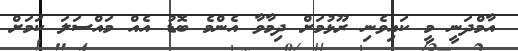
އާމްދަނީ މީ ކައިވެނި ރޫޅުމަށް ދިމާވާ އެންމެ ބޮޑު އެއް މައްސަލަ ކަމަށް